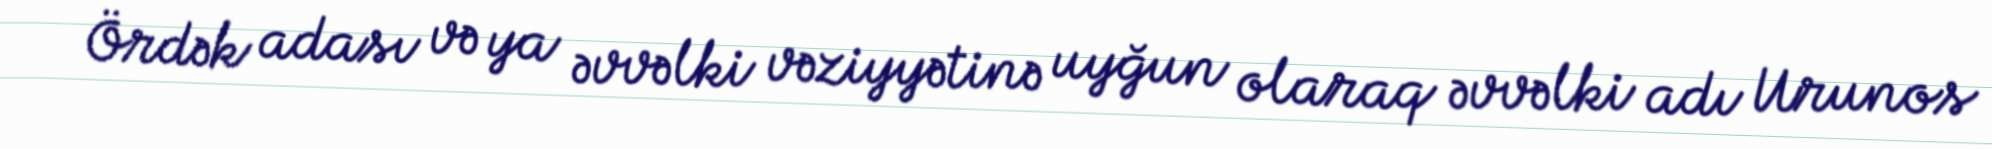
Ördək adası və ya əvvəlki vəziyyətinə uyğun olaraq əvvəlki adı Urunos